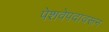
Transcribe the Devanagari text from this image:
पेशवेपदावरून